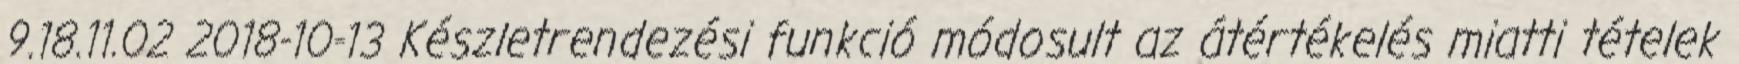
9.18.11.02 2018-10-13 Készletrendezési funkció módosult az átértékelés miatti tételek